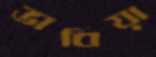
ভাবিয়া